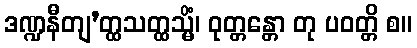
ဒဏ္ဍနီတျ’တ္ထသတ္ထသ္မိံ၊ ဝုတ္တန္တော တု ပဝတ္တိ စ။